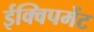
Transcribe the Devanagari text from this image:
ईक्विपमेंट